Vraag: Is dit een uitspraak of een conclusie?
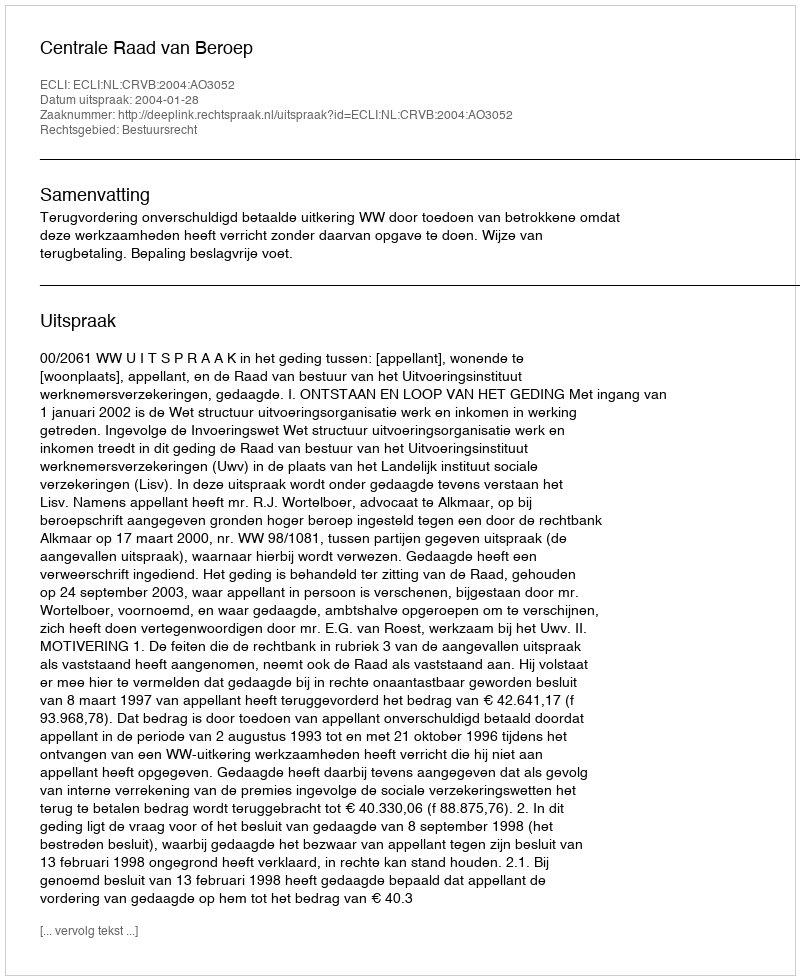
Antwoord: Uitspraak